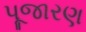
પૂજારણ